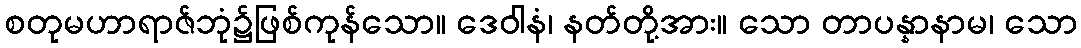
စတုမဟာရာဇ်ဘုံ၌ဖြစ်ကုန်သော။ ဒေဝါနံ၊ နတ်တို့အား။ သော တာပန္နာနာမ၊ သော